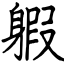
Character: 𨉣